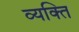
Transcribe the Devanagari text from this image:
व्‍यक्‍ति